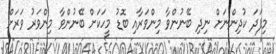
މިފަދަ ކުދިންނަށް ނިދި ބޭނުންވާ މިންވަރާއި ބޮޑު މީހަކަށް ބޭނުންވާ މިންވަރު ވަރަށް